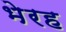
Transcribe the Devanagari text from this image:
भेरह